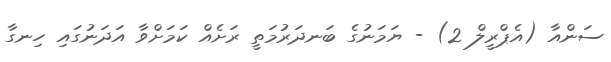
ސަންއާ (އެޕްރީލް 2) - ޔަމަނުގެ ބަނދަރުމަތީ ރަށެއް ކަމަށްވާ އަދަނުގައި ހިނގާ